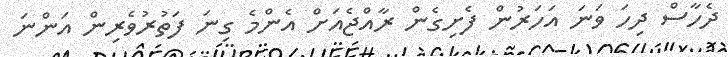
ދެހާސް ދިހަ ވަނަ އަހަރުން ފެށިގެން ރާއްޖެއަށް އެންމެ ގިނަ ފަތުރުވެރިން އަންނަ